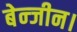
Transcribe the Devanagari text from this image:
बेन्जीन।